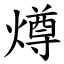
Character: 燇